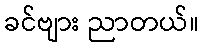
ခင်ဗျား ညာတယ်။